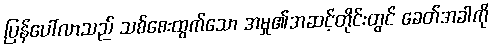
ပြန်ပေါ်လာသည် သစ်စေးထွက်သော အမှု၏အဆင့်တိုင်းတွင် ခေတ်အခါကို